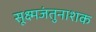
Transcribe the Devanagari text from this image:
सूक्ष्मजंतुनाशक